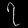
Digit: ၇